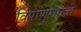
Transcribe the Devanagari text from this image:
विषाणुशास्त्री